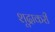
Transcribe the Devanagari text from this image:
शूद्राकरी